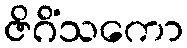
ဇိဂိံသကော